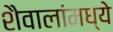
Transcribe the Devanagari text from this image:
शैवालांमध्ये